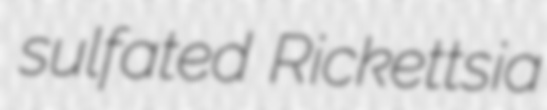
sulfated Rickettsia